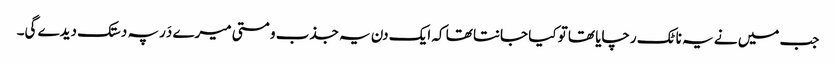
جب میں نے یہ ناٹک رچایا تھا تو کیا جانتا تھا کہ ایک دن یہ جذب و مستی میرے دَر پہ دستک دیدے گی۔